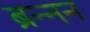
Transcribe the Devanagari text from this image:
ब्रन्नन